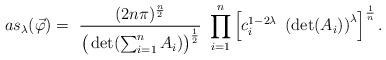
LaTeX: \begin{align*} as_{ \lambda} (\vec \varphi) = \ \frac{( 2 n \pi)^{\frac{n}{2}}}{ \big( \det( \sum_{i=1}^n A_i) \big)^{\frac{1}{2}}} \ \prod_{i=1}^{n} \left[ c_i^{1 - 2\lambda} \ \left( \det(A_i) \right)^{\lambda} \right]^{\frac{1}{n}} .\end{align*}